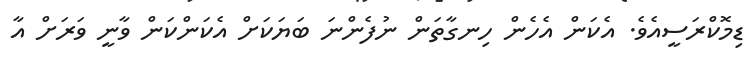
ޑިމޮކްރަސީއެވެ. އެކަން އެހެން ހިނގާތަން ނުފެންނަ ބަޔަކަށް އެކަންކަން ވާނީ ވަރަށް އާ